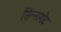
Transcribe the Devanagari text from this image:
सिन्नामेट